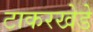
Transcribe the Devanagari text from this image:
टाकरखेडे